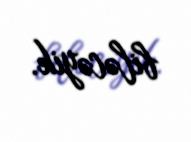
biləcəyik.